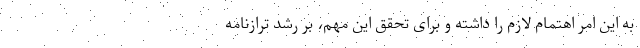
به این امر اهتمام لازم را داشته و برای تحقق این مهم، بر رشد ترازنامه